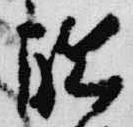
聊